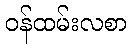
ဝန်ထမ်းလစာ